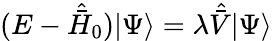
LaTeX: (E-\hat{\bar{H}}_{0})|\Psi\rangle=\lambda\hat{\bar{V}}|\Psi\rangle